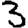
Digit: 3